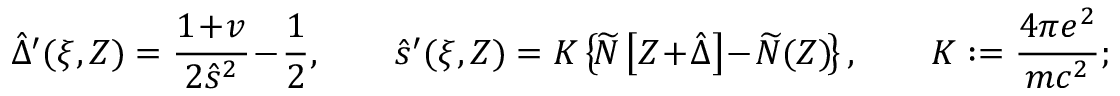
\begin{array} { r } { \hat { \Delta } ^ { \prime } ( \xi , Z ) = \displaystyle \frac { 1 \! + \! v } { 2 \hat { s } ^ { 2 } } \! - \! \frac 1 2 , \qquad \hat { s } ^ { \prime } ( \xi , Z ) = K \left\{ \! \widetilde { N } \left[ Z \! + \! \hat { \Delta } \right] \! - \! \widetilde { N } ( Z ) \! \right\} , \qquad K : = \frac { 4 \pi e ^ { 2 } } { m c ^ { 2 } } ; } \end{array}